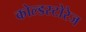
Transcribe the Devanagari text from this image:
कोल्डस्टोरेज